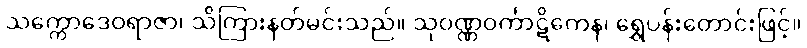
သက္ကောဒေဝရာဇာ၊ သိကြားနတ်မင်းသည်။ သုဝဏ္ဏဝင်္ကာဋိကေန၊ ရွှေပန်းတောင်းဖြင့်။